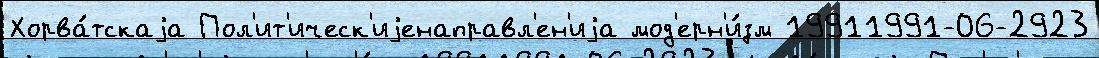
Хорва́тскаjа Пол'ит'ическ'иjенаправл'ен'иjа мод'ерн'и́зм 19911991-06-2923